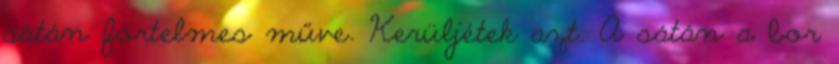
sátán förtelmes műve. Kerüljétek azt. A sátán a bor